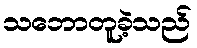
သဘောတူခဲ့သည်